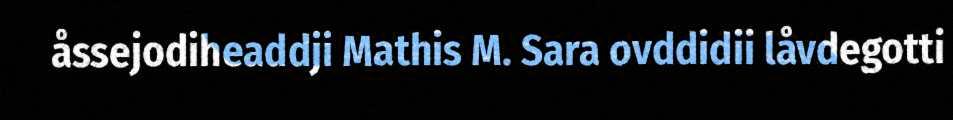
åssejodiheaddji Mathis M. Sara ovddidii låvdegotti